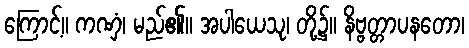
ကြောင့်။ ကဏှံ၊ မည်၏။ အပါယေသု၊ တို့၌။ နိဗ္ဗတ္တာပနတော၊